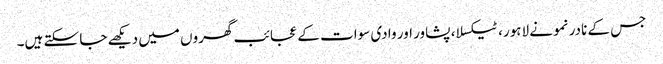
جس کے نادر نمونے لاہور، ٹیکسلا، پشاور اور وادی سوات کے عجائب گھروں میں دیکھے جا سکتے ہیں۔